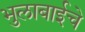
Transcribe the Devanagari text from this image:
भुलाबाईचे